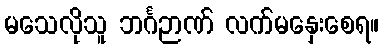
မသေလိုသူ ဘင်္ဂဉာဏ် လက်မနှေးစေရ။